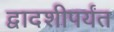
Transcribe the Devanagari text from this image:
द्वादशीपर्यंत